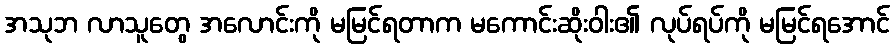
အသုဘ လာသူတွေ အလောင်းကို မမြင်ရတာက မကောင်းဆိုးဝါး၏ လုပ်ရပ်ကို မမြင်ရအောင်